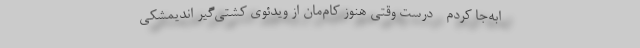
ا‌به‌جا کردم - درست وقتی هنوز کام‌مان از ویدئوی کُشتی‌گیر اندیمشکی